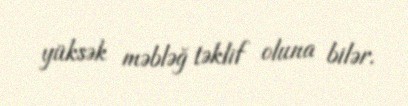
yüksək məbləğ təklif oluna bilər.